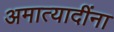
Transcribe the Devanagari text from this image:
अमात्यादींना